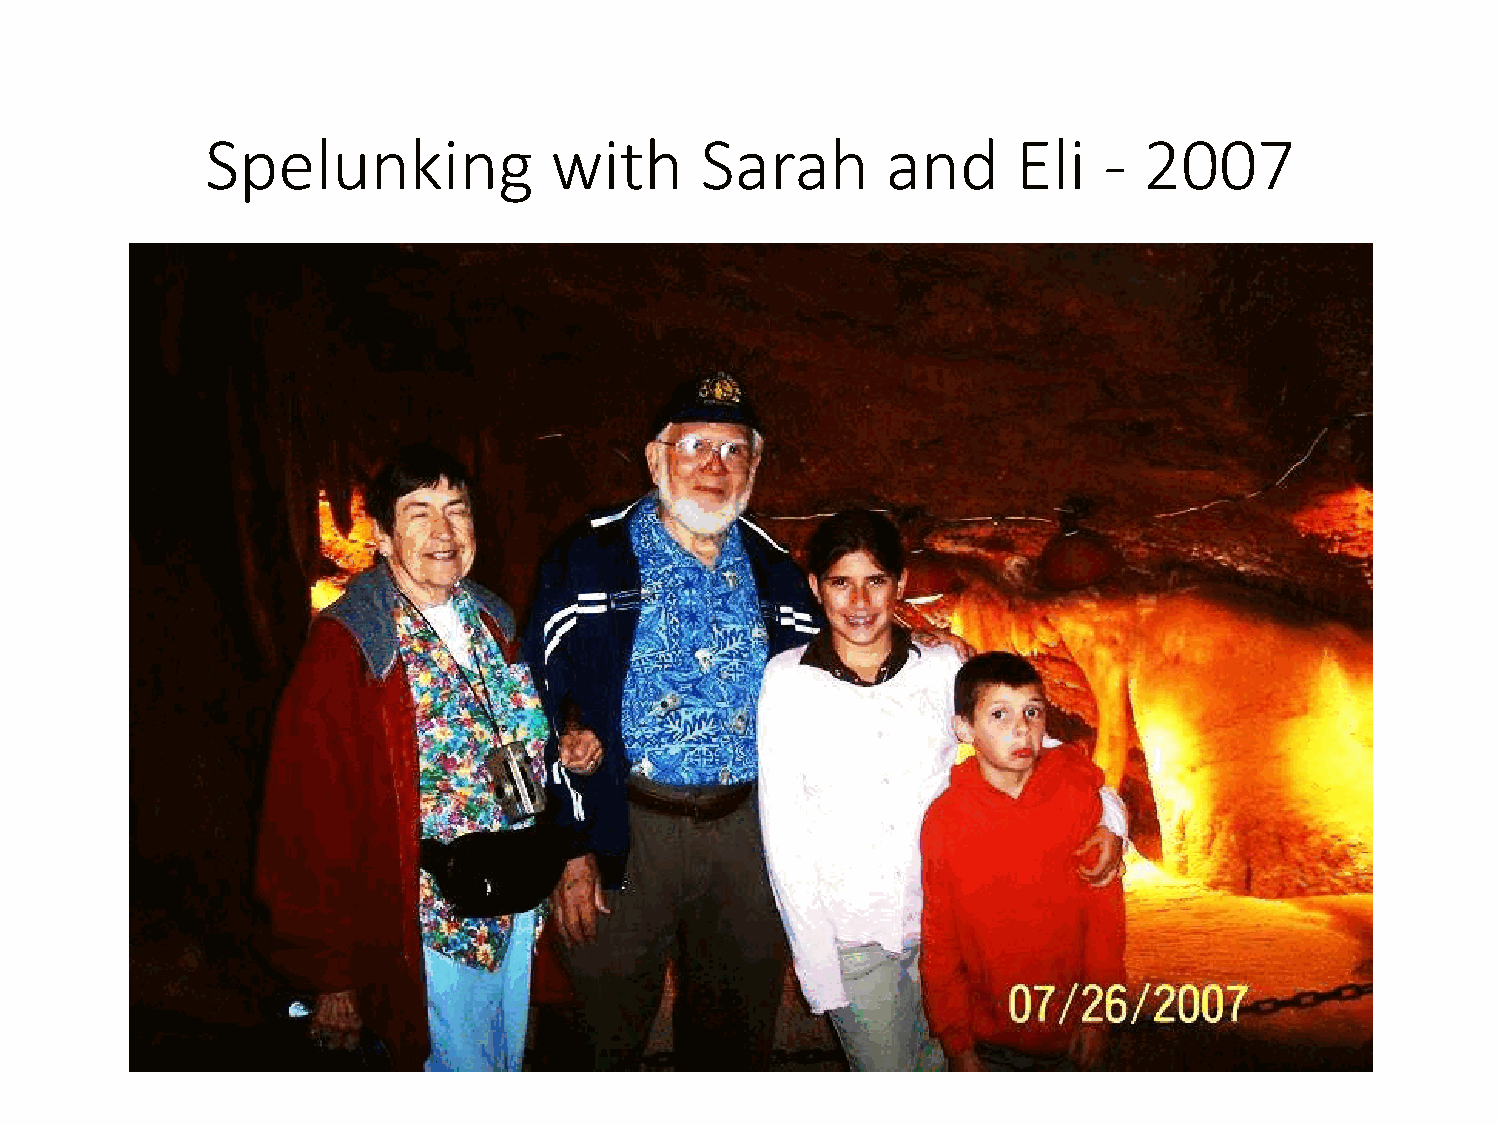
Spelunking            with      Sarah        and     Eli   -  2007